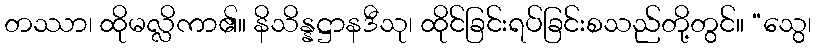
တဿာ၊ ထိုမလ္လိကာ၏။ နိသိန္နဋ္ဌာနဒီသု၊ ထိုင်ခြင်းရပ်ခြင်းစသည်တို့တွင်။ “သွေ၊